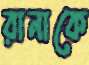
রানাকে